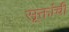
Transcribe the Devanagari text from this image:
सूक्तांची